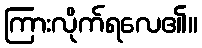
ကြားလိုက်ရလေ၏။